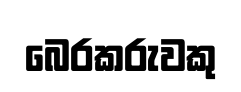
බෙරකරුවකු